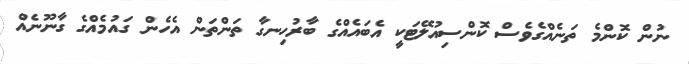
ނުން ކޮންމެ ތަނެއްގެވެސް ކޮންސިއުލޭޓަކީ އެބައެއްގެ ބާރުހިނގާ ތަންތަން އެހެން ގައުމެއްގެ ގާނޫނެއް